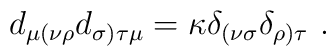
d_{\mu (\nu \rho }d_{\sigma )\tau  \mu }=\kappa \delta _{(\nu\sigma }\delta _{\rho )\tau  }\ .